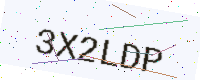
Text: 3X2LDP